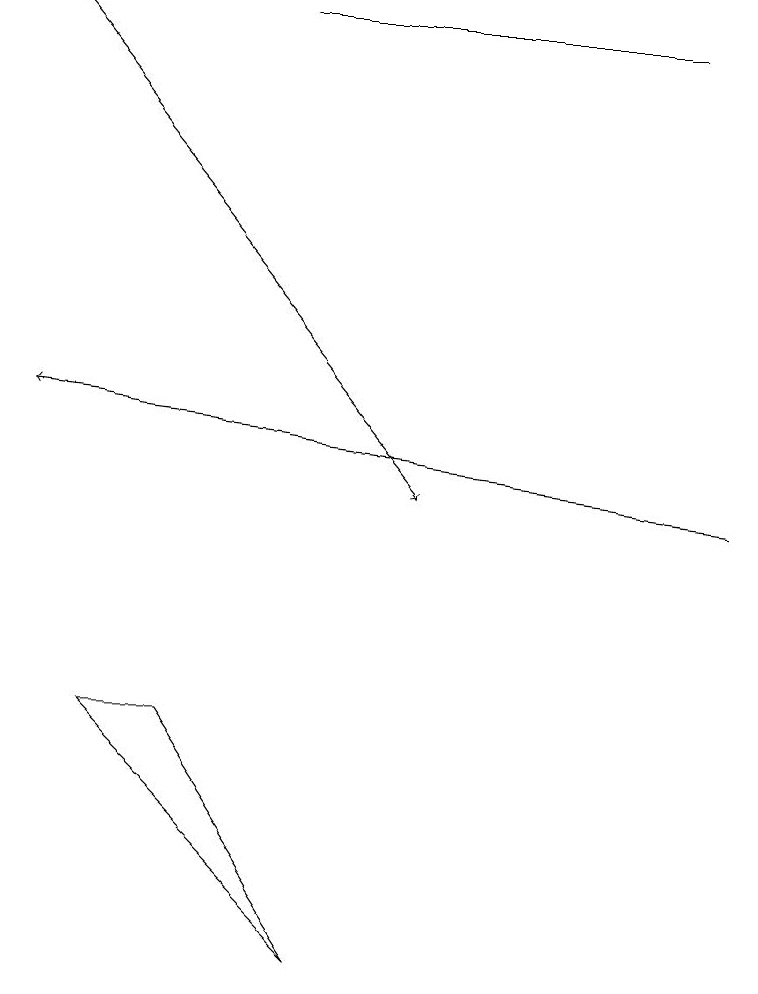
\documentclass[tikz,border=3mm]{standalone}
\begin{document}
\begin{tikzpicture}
\draw (4,6) -- (2,9) -- (1,9) -- cycle;
\draw (3,18) rectangle (8,18);
\draw[->] (0,18) -- (5,12);
\draw[->] (9,12) -- (0,13);
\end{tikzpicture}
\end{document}